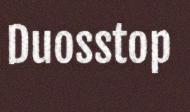
Duosstop